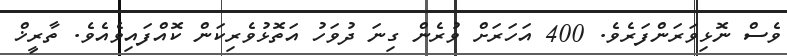
ވެސް ނޮޅިވަރަންފަރެވެ. 400 އަހަރަށް ވުރެން ގިނަ ދުވަހު އަތޮޅުވެރިކަން ކޮއްފައިވެއެވެ. ތާރީޚް